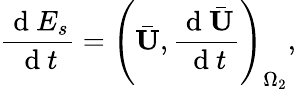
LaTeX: \frac{\mathrm{~d~}E_{s}}{\mathrm{~d~}t}=\left(\bar{\mathbf{U}},\frac{\mathrm{~d~}\bar{\mathbf{U}}}{\mathrm{~d~}t}\right)_{\Omega_{2}},